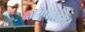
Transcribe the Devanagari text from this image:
भरपालसर